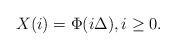
LaTeX: \begin{align*}X(i) = \Phi(i\Delta),i\ge 0.\end{align*}